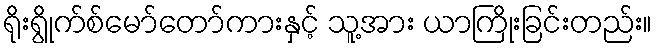
ရိုးရွိုက်စ်မော်တော်ကားနှင့် သူ့အား ယာကြိုးခြင်းတည်း။